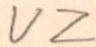
VZ